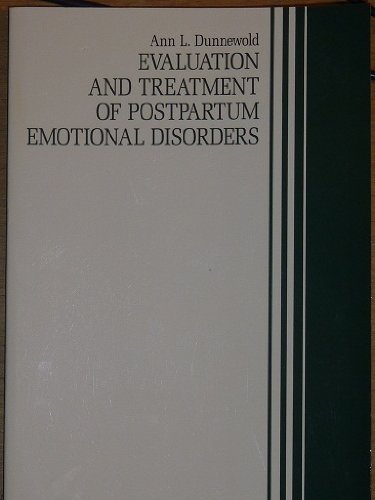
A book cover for Evaluation and Treatment of Postpartum Emotional Disorders (Practitioner's Resource Series); Ann L. Dunnewold; Health, Fitness & Dieting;